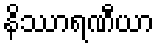
နိဿာရဏီယာ